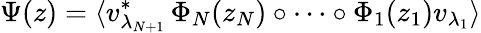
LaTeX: \Psi(z)=\langle v_{\lambda_{N+1}}^{\ast}\, \Phi_{N}(z_{N})\circ\cdots\circ\Phi_{1}(z_{1})v_{\lambda_{1}}\rangle